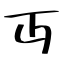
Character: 丏